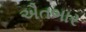
ઐતબાર